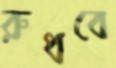
রুধবে